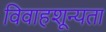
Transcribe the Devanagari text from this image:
विवाहशून्यता